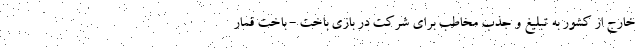
خارج از کشور به تبلیغ و جذب مخاطب برای شرکت در بازی باخت - باخت قمار